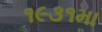
૧૯૩૧મા